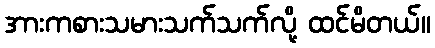
အားကစားသမားသက်သက်လို့ ထင်မိတယ်။